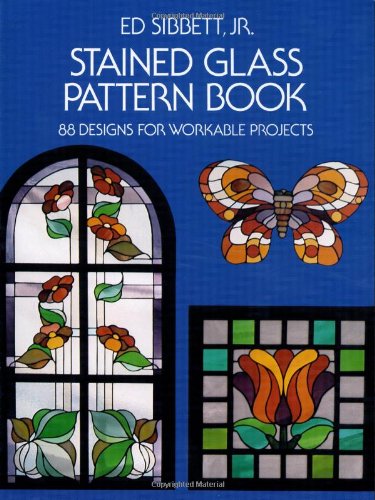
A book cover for Stained Glass Pattern Book: 88 Designs for Workable Projects (Dover Stained Glass Instruction); Ed Sibbett Jr.; Crafts, Hobbies & Home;